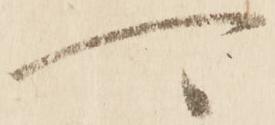
可